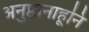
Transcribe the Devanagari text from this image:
अनुष्ठानाहूनि